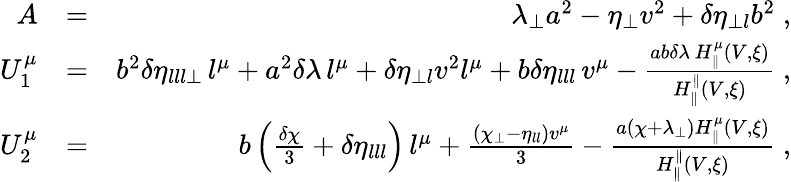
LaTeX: \begin{array}{rlr}{A}&{=}&{\lambda_{\perp}a^{2}-\eta_{\perp}v^{2}+\delta\eta_{\perp l}b^{2}\; ,}\\ {U_{1}^{\mu}}&{=}&{b^{2}\delta\eta_{lll\perp}\, l^{\mu}+a^{2}\delta\lambda\, l^{\mu}+\delta\eta_{\perp l}v^{2}l^{\mu}+b\delta\eta_{lll}\, v^{\mu}-\frac{ab\delta\lambda\, H_{\parallel}^{\mu}(V,\xi)}{H_{\parallel}^{\parallel}(V,\xi)}\; ,}\\ {U_{2}^{\mu}}&{=}&{b\left(\frac{\delta\chi}{3}+\delta\eta_{lll}\right)\, l^{\mu}+\frac{(\chi_{\perp}-\eta_{ll})v^{\mu}}{3}-\frac{a(\chi+\lambda_{\perp})H_{\parallel}^{\mu}(V,\xi)}{H_{\parallel}^{\parallel}(V,\xi)}\; ,}\end{array}